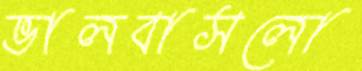
ভালবাসলো